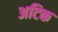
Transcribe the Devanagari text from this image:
अटिक